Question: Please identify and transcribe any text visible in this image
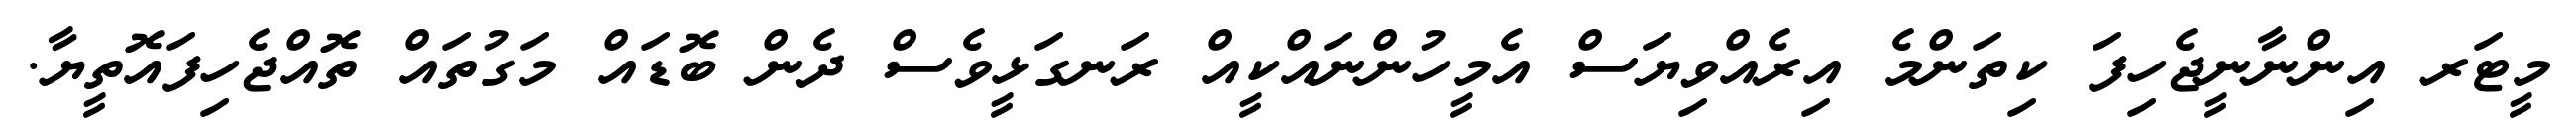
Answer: މީޓަރ އިންނާނީޖެހިފަ ކިތަންމެ އިރެއްވިޔަސް އެމީހުންނައްކީއް ރަނގަޅީވެސް ދެން ބޮޑައް މަގުތައް ތޮއްޖެހިފައޮތީޔާ.